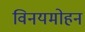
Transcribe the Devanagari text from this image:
विनयमोहन